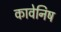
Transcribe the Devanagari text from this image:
कावेनिष